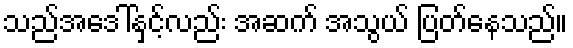
သည်အဒေါ်နှင့်လည်း အဆက် အသွယ် ပြတ်နေသည်။